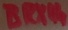
Text: BRX44